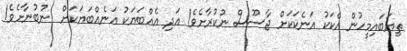
ތިޔަބައިމީހުން އެކަކު އަނެކަކަށް ޖާސޫސް ނުކުރާށެވެ! އަދި އެއްބަޔަކު އަނެއްބަޔަކަށް  ނުބުނާށެވެ!